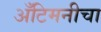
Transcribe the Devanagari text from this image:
अँटिमनीचा